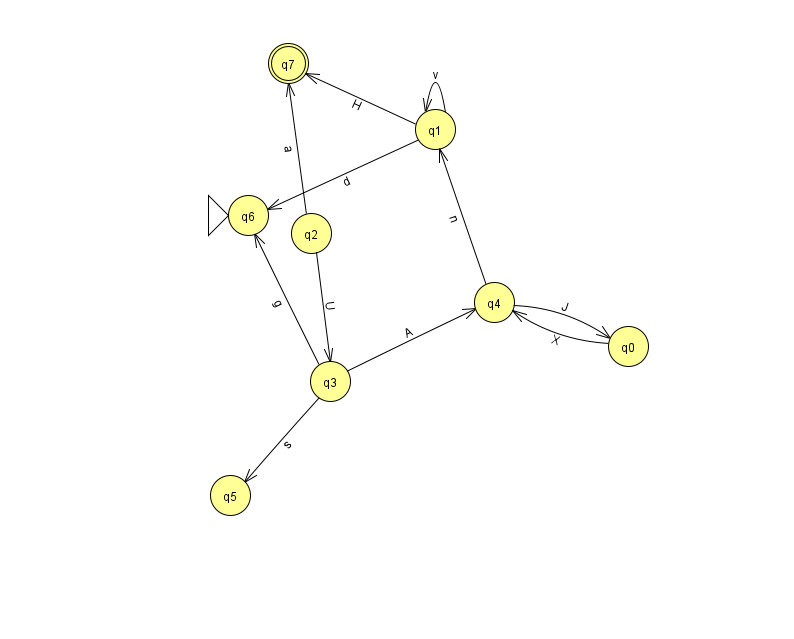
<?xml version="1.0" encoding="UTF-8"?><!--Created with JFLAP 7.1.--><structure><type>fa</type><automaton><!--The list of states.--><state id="0" name="q0"><x>628.0</x><y>333.0</y></state><state id="1" name="q1"><x>435.0</x><y>116.0</y></state><state id="2" name="q2"><x>311.0</x><y>220.0</y></state><state id="3" name="q3"><x>330.0</x><y>368.0</y></state><state id="4" name="q4"><x>494.0</x><y>289.0</y></state><state id="5" name="q5"><x>230.0</x><y>482.0</y></state><state id="6" name="q6"><x>248.0</x><y>202.0</y><initial/></state><state id="7" name="q7"><x>288.0</x><y>50.0</y><final/></state><!--The list of transitions.--><transition><from>3</from><to>6</to><read>g</read></transition><transition><from>1</from><to>6</to><read>d</read></transition><transition><from>1</from><to>1</to><read>v</read></transition><transition><from>4</from><to>1</to><read>n</read></transition><transition><from>1</from><to>7</to><read>H</read></transition><transition><from>2</from><to>7</to><read>a</read></transition><transition><from>2</from><to>3</to><read>U</read></transition><transition><from>3</from><to>5</to><read>s</read></transition><transition><from>0</from><to>4</to><read>X</read></transition><transition><from>3</from><to>4</to><read>A</read></transition><transition><from>4</from><to>0</to><read>J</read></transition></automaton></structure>